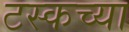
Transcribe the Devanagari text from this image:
टस्कच्या